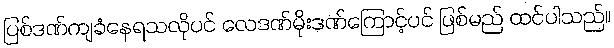
ပြစ်ဒဏ်ကျခံနေရသလိုပင် လေဒဏ်မိုးဒဏ်ကြောင့်ပင် ဖြစ်မည် ထင်ပါသည်။